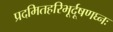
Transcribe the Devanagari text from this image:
प्रदमितहरिभूर्दूषणघ्नः